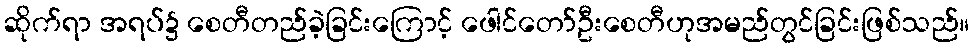
ဆိုက်ရာ အရပ်၌ စေတီတည်ခဲ့ခြင်းကြောင့် ဖေါင်တော်ဦးစေတီဟုအမည်တွင်ခြင်းဖြစ်သည်။